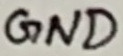
Text: GND